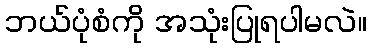
ဘယ်ပုံစံကို အသုံးပြုရပါမလဲ။